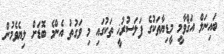
ބައިނަލް އަޤްވާމީ މީޑިޔާތަކުގެ ފަލަސުރުޚީ ތަކުގައި މި ވަގުތު އެންމެ ބޮޑަށް ލިޔެވެމުން